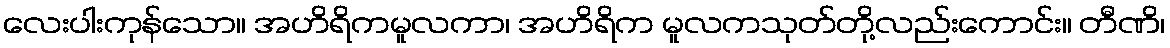
လေးပါးကုန်သော။ အဟိရိကမူလကာ၊ အဟိရိက မူလကသုတ်တို့လည်းကောင်း။ တီဏိ၊